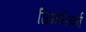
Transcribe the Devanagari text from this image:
जिम्‍नोस्‍पर्म